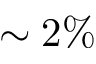
\sim 2 \%